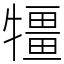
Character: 㹔